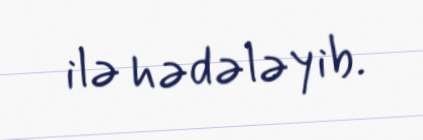
ilə hədələyib.